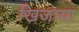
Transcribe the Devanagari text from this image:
खिजाया